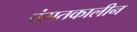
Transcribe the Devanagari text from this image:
वंसतकालीन